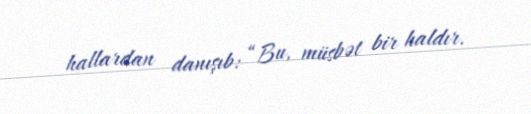
hallardan danışıb: “Bu, müsbət bir haldır.